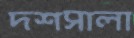
দশসালা